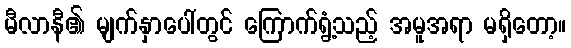
မီလာနီ၏ မျက်နှာပေါ်တွင် ကြောက်ရွံ့သည့် အမူအရာ မရှိတော့။